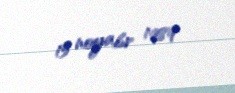
15 noyabr 1989